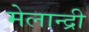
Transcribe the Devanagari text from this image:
मेलान्द्री